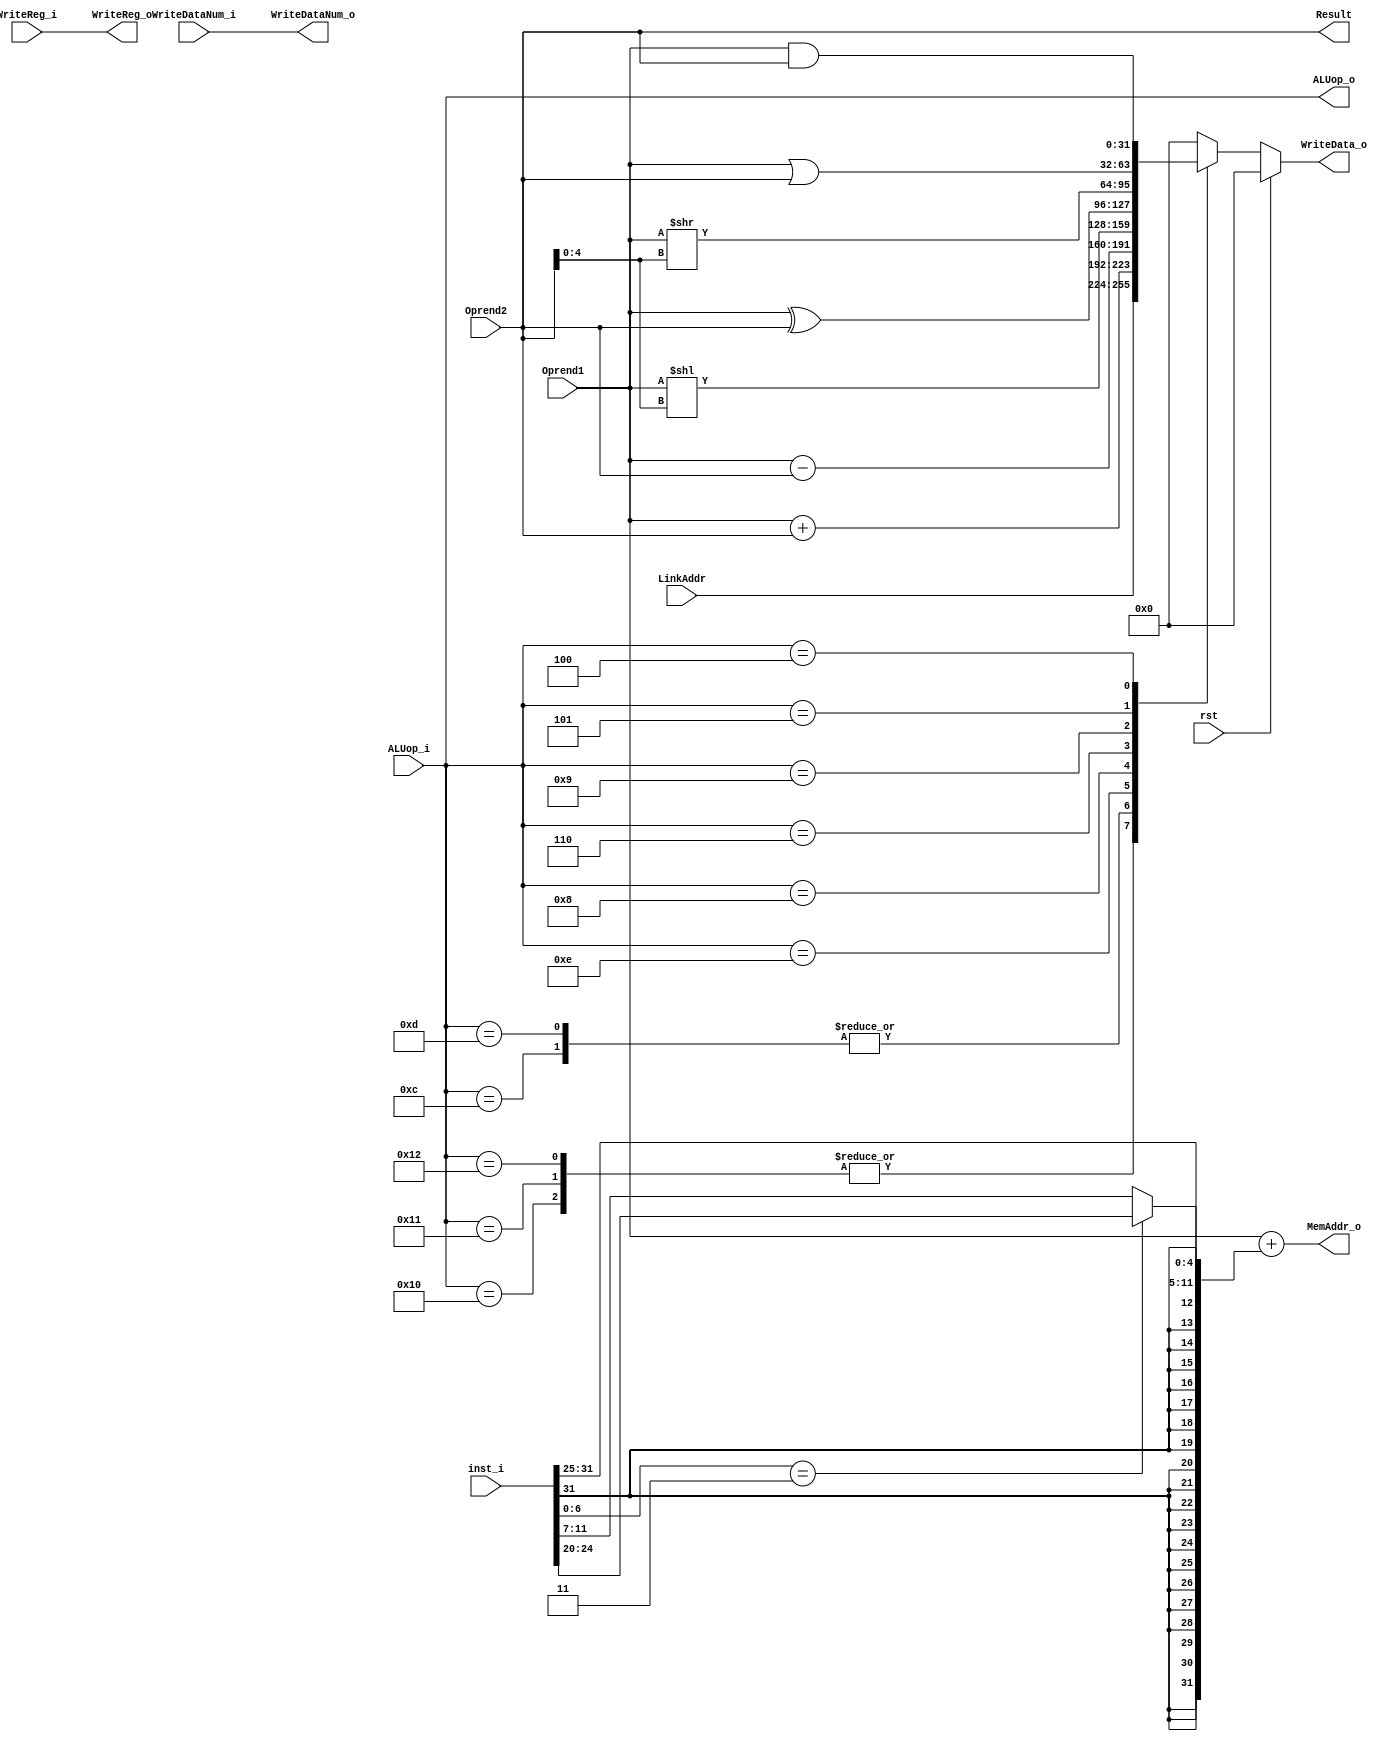
/*
 * Ask me anything: via repo/issue, or e-mail: vencifreeman16@sjtu.edu.cn.
 * School: Shanghai Jiao Tong University.

 * Description:
 * Do some operations according to ALUop and the 2 source oprands.

 * Details:
 * - Use the ALUop and the two source operands decoded in id.v to perform the
 *   cordponding operation;
 * - If ALUop indicates that it's an addition operation, the two operands will be
 *	 added;
 * - The sub operation can be implemented by complement, etc.

 * History:
 * - 19/12/27: Create this pipeline file.

 * Notes:
 *
 */

module EX(

	input	wire	    rst,
	input	wire[4:0]   ALUop_i,
    input   wire[31:0]  Oprend1,
    input   wire[31:0]  Oprend2,
    input   wire[4:0]   WriteDataNum_i,
	input 	wire		WriteReg_i,
	input	wire[31:0]  LinkAddr,
	input   wire[31:0]  inst_i,
	output	reg 		WriteReg_o,
	output	wire[4:0]	ALUop_o,
	output	reg [4:0]	WriteDataNum_o,
	output	reg [31:0]	WriteData_o,
    output  wire[31:0]  MemAddr_o,
    output  wire[31:0]  Result

    );
 
    assign ALUop_o   = ALUop_i;
    assign Result    = Oprend2;
	assign MemAddr_o = Oprend1 + ((inst_i[6:0] == 7'b0000011) ? {{20{inst_i[31:31]}}, inst_i[31:20]} : {{20{inst_i[31:31]}}, inst_i[31:25], inst_i[11:7]});

/*
 * This always part controls the WriteDatamNum_o.
 */    
always @ (*) begin
    WriteDataNum_o <= WriteDataNum_i;
end

/*
 * This always part controls the WriteReg_i.
 */    
always @ (*) begin
    WriteReg_o <= WriteReg_i;
end

/*
 * This always part controls the WriteData_o.
 */    
always @ (*) begin
	if (rst)
		WriteData_o <= 32'b0;
	else begin
		case (ALUop_i)
		    5'b10000: WriteData_o <= LinkAddr; 					// jal
        	5'b10001: WriteData_o <= LinkAddr; 					// beq
        	5'b10010: WriteData_o <= LinkAddr; 					// blt
        	5'b10100: WriteData_o <= 32'b0; 					// lw
            5'b10101: WriteData_o <= 32'b0; 					// sw
            5'b01100: WriteData_o <= Oprend1 +  Oprend2;  		// addi
            5'b01101: WriteData_o <= Oprend1 +  Oprend2;  		// add
            5'b01110: WriteData_o <= Oprend1 -  Oprend2;  		// sub
            5'b01000: WriteData_o <= Oprend1 << Oprend2[4:0];	// sll
            5'b00110: WriteData_o <= Oprend1 ^  Oprend2; 		// xor
            5'b01001: WriteData_o <= Oprend1 >> Oprend2[4:0];  	// srl
            5'b00101: WriteData_o <= Oprend1 |  Oprend2;  		// or
            5'b00100: WriteData_o <= Oprend1 &  Oprend2;  		// and
			default:  WriteData_o <= 32'b0;
		endcase
	end
end

endmodule